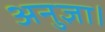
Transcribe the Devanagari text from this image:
अनुज्ञा।